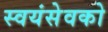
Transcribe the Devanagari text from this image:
स्‍वयंसेवको